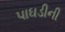
પાઘડીની